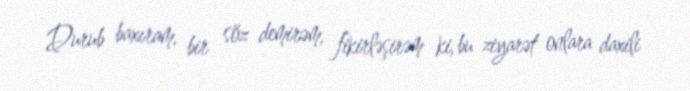
Durub baxıram, bir söz demirəm, fikirləşirəm ki, bu ziyarət onlara daxili